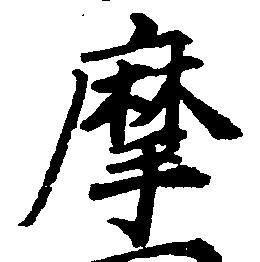
摩